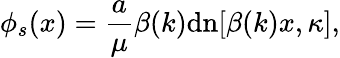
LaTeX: \phi_{s}(x)=\frac{a}{\mu}\beta(k)\mathrm{dn}[\beta(k)x,\kappa],